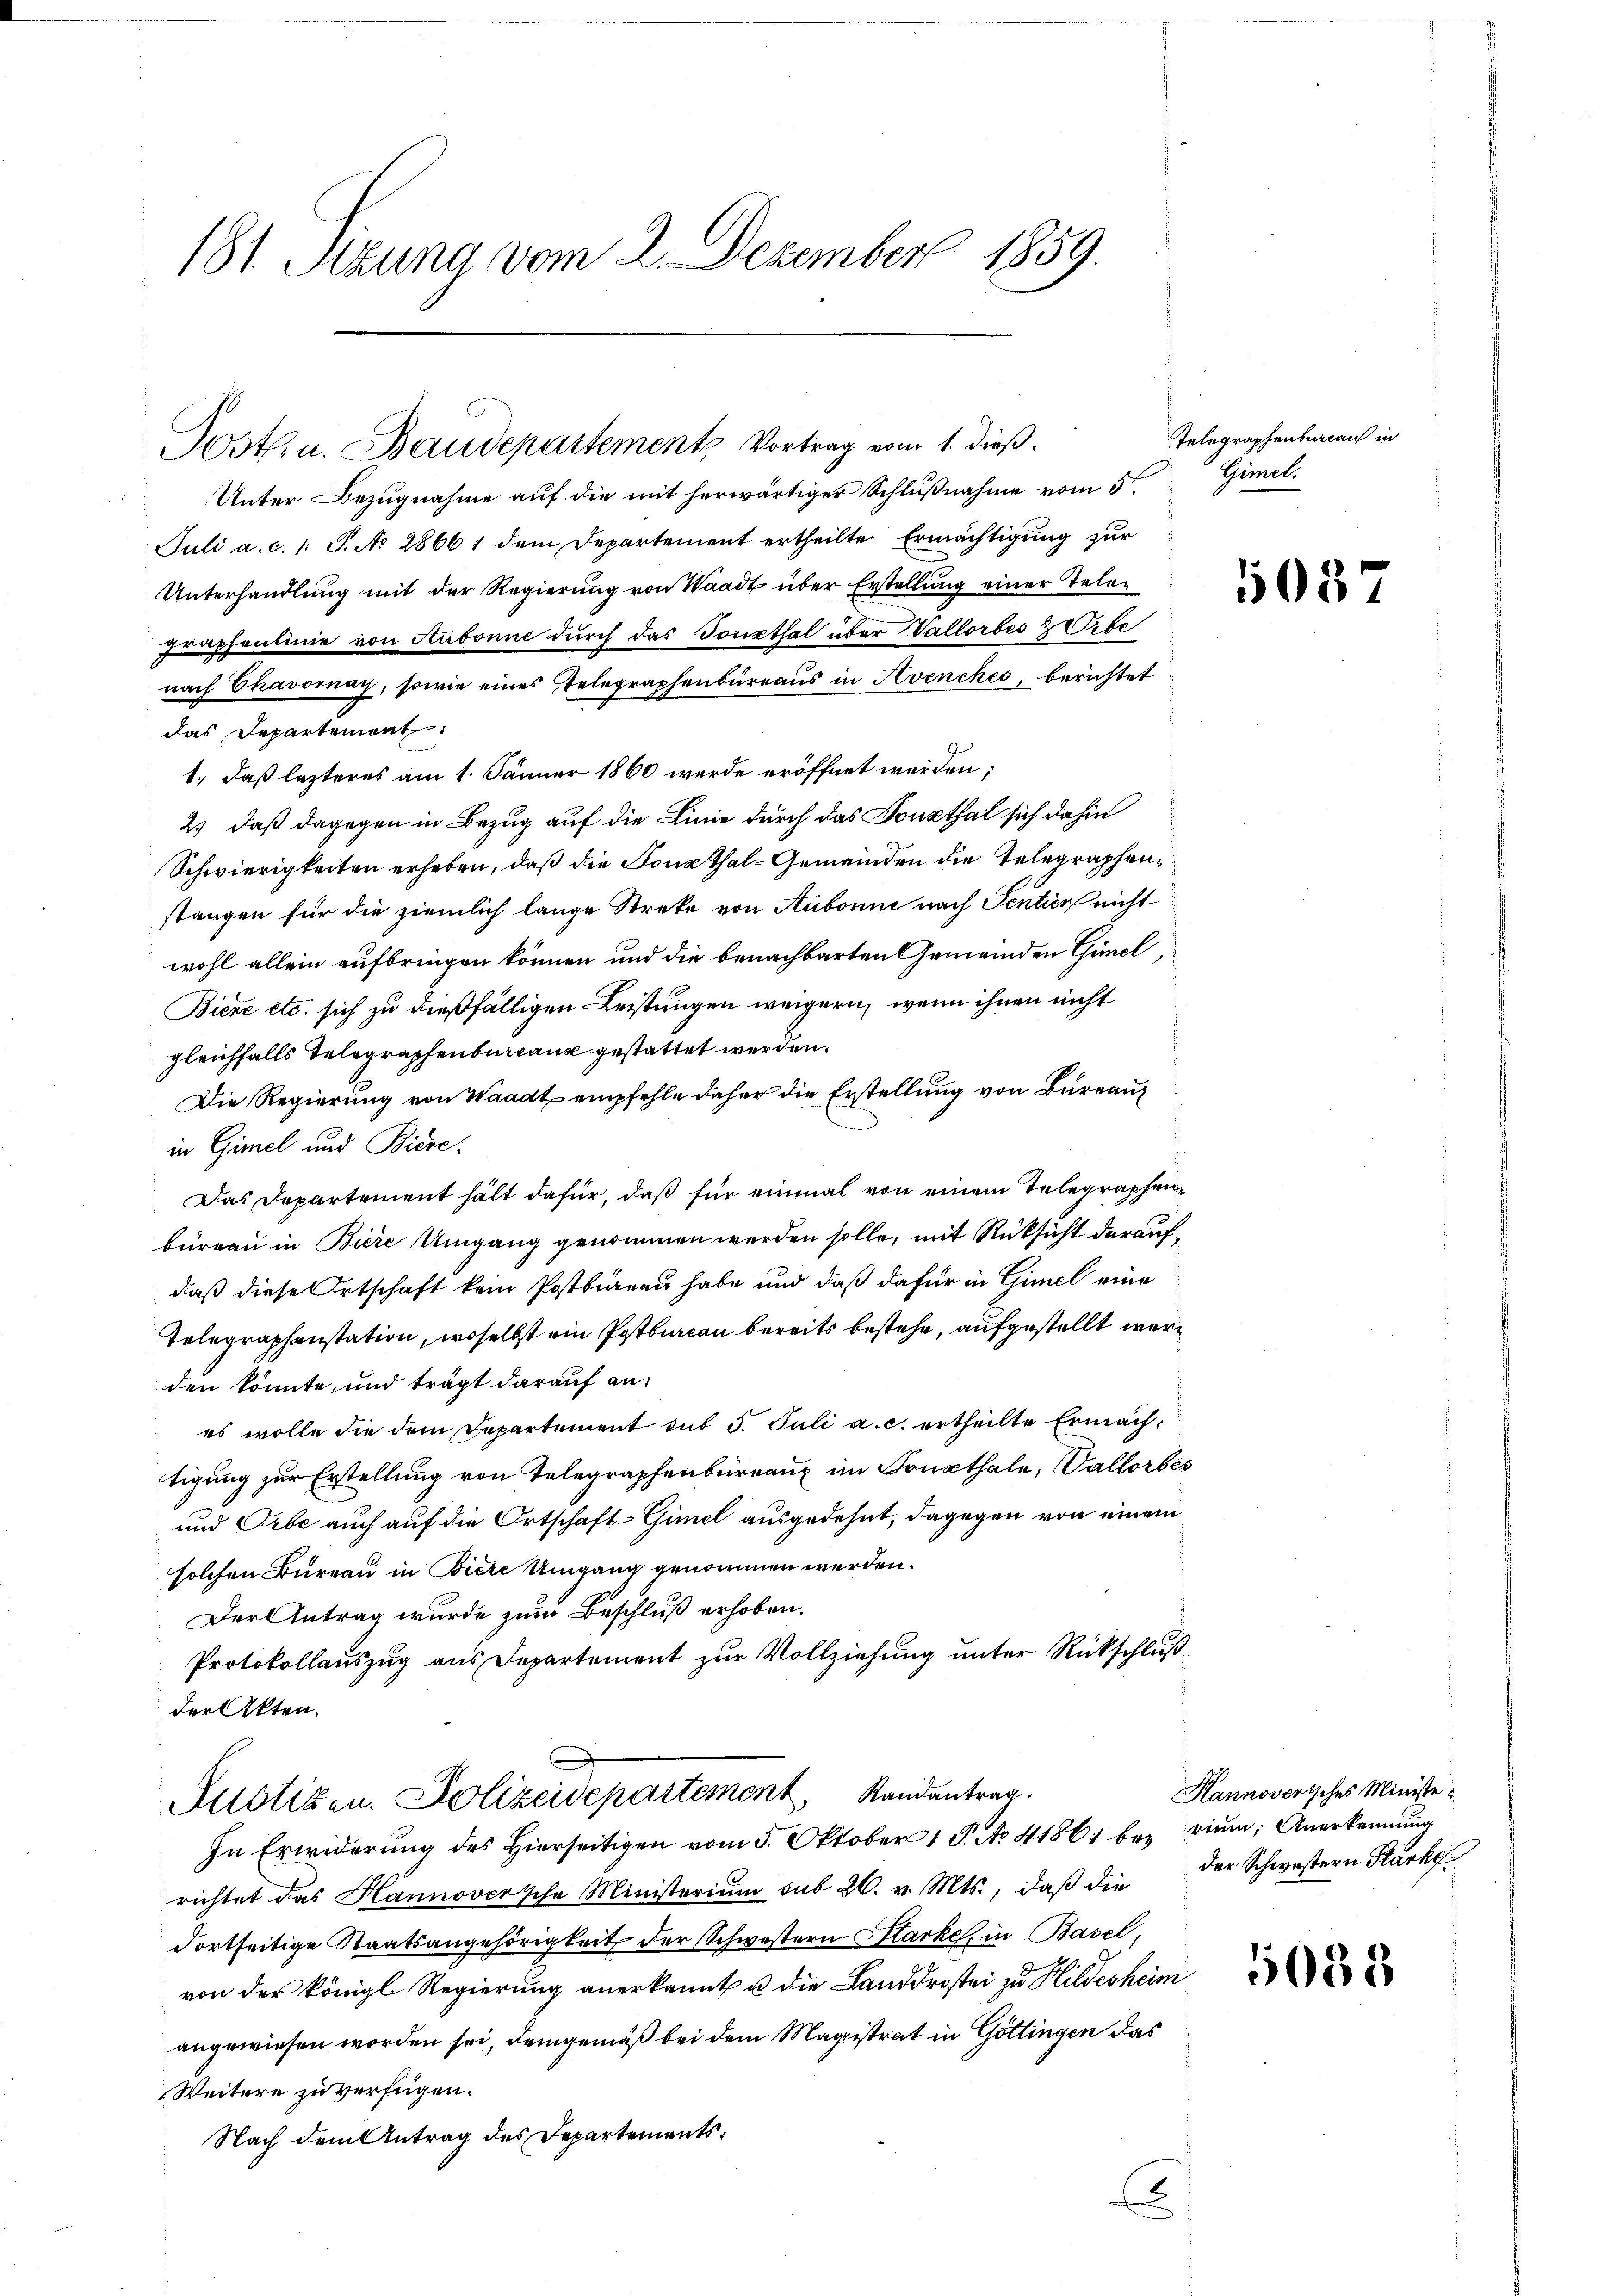
181. Sitzung vom 2. Dezember 1859.

Unter Bezugnahme auf die mit herwärtiger Schlußnahme vom 5te
Juli a. c. 1: S. No 28661 dem Departement ertheilte Ermächtigung zur
Unterhandlung mit der Regierung von Waadt über Erstellung einer Telen
Fraphenlinie von Aubonne durch das Tonsthal über Vallorbes & Orte
nach Chavornay, sowie eines Telegraphenbureaus in Avenches, berichtet
das Departement
1., daß lezteres am 1. Jänner 1860 werde eröffnet werden;
2) daß dagegen in Bezug auf die Linie durch das Sonsthal sich dahin
Schwierigkeiten erheben, daß die Sonsthal-Gemeinden die Telegraphenstangen für die ziemlich lange Streke von Aubonne nach Sentier nicht
wohl allein aufbringen können und die benachbarten Gemeinden Gimel,
Biene etc. sich zu dießfälligen Leistungen weigern, wenn ihnen nicht
gleichfalls Telegraphenbureaux gestattet werden.
Die Regierung von Waadt empfehle daher die Erstellung von Bureau
in Gimel und Biere.
Das Departement hält dafür, daß für einmal von einem Telegraphenbüreau in Biere Umgang genommen werden solle, mit Rücksicht darauf,
daß diese Ortschaft kein Postbüreau habe und daß dafür in Gimel eine
Telegraphenstation, woselbst ein Postbureau bereits bestehe, aufgestellt werden könnte, und trägt darauf anes wolle die dem Departement sub 5. Juli a. c. ertheilte Ermächtigung zur Erstellung von Telegraphenbüreaux im Sonsthale, Vallorbes
und Orbe auch auf die Ortschaft Gimel ausgedehnt, dagegen von einem
solchen Bureau in Biere Umgang genommen werden.
Der Antrag wurde zum Beschluß erhoben.
Protokollauszug aus Departement zur Vollziehung unter Rückschluß
der Akten.
Justizen. Polizeidepartement, Randantrag.
In Erwiderŭng des hierseitigen vom 5. Oktober 1 S. No. 41861 bei riŭm, Anerkennung
richtet das Hannoversche Ministerium sub 20. v. Mts., daß die der Schwestern Starke
dortseitige Staatsangehörigkeit der Schwestern Starke, in Basel,
von der königl Regierung anerkannt u. die Landdrostei zu Hildesheim
angewiesen worden sei, demgemäß bei dem Magistrat in Göttingen das
Weitere zu verfügen.
Nach dem Antrag des Departements:
i

Posth. u. Baudepartement, Vortrag vom 1. dieß.

Telegraphenbureau in
Gimel.

108

Hannoverisches Ministe

5033